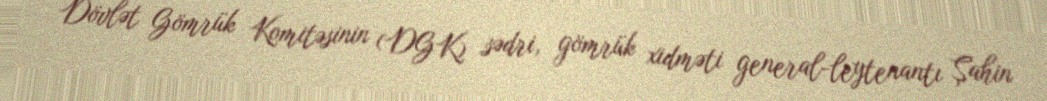
Dövlət Gömrük Komitəsinin (DGK) sədri, gömrük xidməti general-leytenantı Şahin